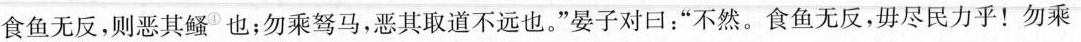
食鱼无反，则恶其鳋^④也；勿乘驽马，恶其取道不远也。”晏子对口：”不然。食鱼无反，毋尽民力乎！勿乘